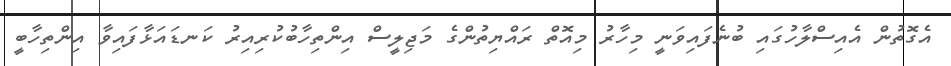
އެގޮތުން އެއިސްލާހުގައި ބުނެފައިވަނީ މިހާރު މިއޮތް ރައްޔިތުންގެ މަޖިލީސް އިންތިހާބުކުރިއިރު ކަނޑައަޅާފައިވާ އިންތިހާބީ